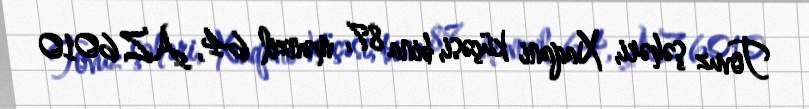
Tovuz şəhəri, Xaqani küçəsi, bina 87, mənzil 64, AZ 6010